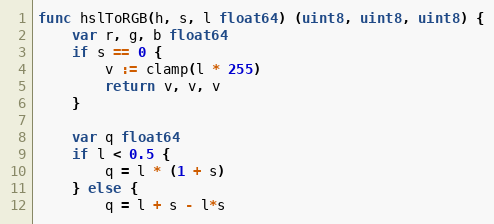
Language: Go
func hslToRGB(h, s, l float64) (uint8, uint8, uint8) {
	var r, g, b float64
	if s == 0 {
		v := clamp(l * 255)
		return v, v, v
	}

	var q float64
	if l < 0.5 {
		q = l * (1 + s)
	} else {
		q = l + s - l*s